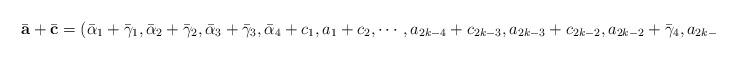
LaTeX: \begin{align*}\bar{\mathbf{a}}+\bar{\mathbf{c}}=(\bar{\alpha}_1+\bar{\gamma}_1,\bar{\alpha}_2+\bar{\gamma}_2,\bar{\alpha}_3+\bar{\gamma}_3,\bar{\alpha}_4+c_1,a_1+c_2,\cdots,a_{2k-4}+c_{2k-3},a_{2k-3}+c_{2k-2},a_{2k-2}+\bar{\gamma}_4,a_{2k-1}+c_{2k-1}).\end{align*}